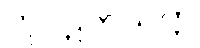
တုဝဋကသုတ္တ